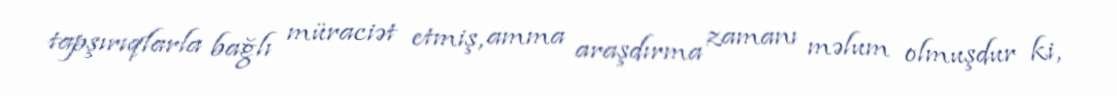
tapşırıqlarla bağlı müraciət etmiş, amma araşdırma zamanı məlum olmuşdur ki,